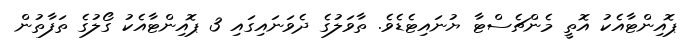
ޕޮއިންޓާއެކު އޮތީ މެންޗެސްޓާ ޔުނައިޓެޑެވެ. ތާވަލުގެ ދެވަނައިގައި 3 ޕޮއިންޓާއެކު ގޯލުގެ ތަފާތުން